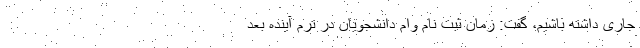
جاری داشته باشیم، گفت: زمان ثبت نام وام دانشجویان در ترم آینده بعد